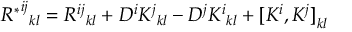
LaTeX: { { R ^ { * } } ^ { i j } } _ { k l } = { R ^ { i j } } _ { k l } + D ^ { i } { K ^ { j } } _ { k l } - D ^ { j } { K ^ { i } } _ { k l } + { [ K ^ { i } , K ^ { j } ] } _ { k l }